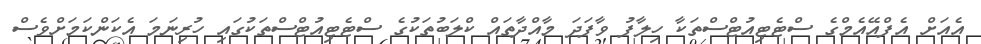
އެއަށް އެފްއޭއެމްގެ ސްޓެޓިއުޓްސްތަކާ ހިލާފު ވާފަދަ މާއްދާތައް ކްލަބުތަކުގެ ސްޓެޓިއުޓްސްތަކުގައި ހުރިނަމަ އެކަންކަމަށްވެސް